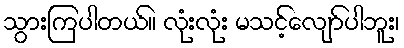
သွားကြပါတယ်။ လုံးလုံး မသင့်လျော်ပါဘူး၊